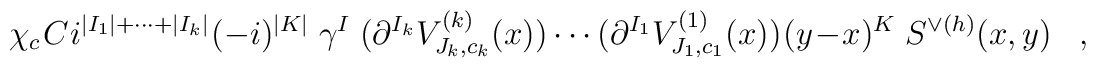
\chi_c \:C\:i^{|I_1|+\cdots+|I_k|} \:(-i)^{|K|} \;\gamma^I\;(\partial^{I_k} V^{(k)}_{J_k, c_k}(x)) \cdots(\partial^{I_1} V^{(1)}_{J_1, c_1}(x))\:(y-x)^K \;S^{\vee (h)}(x,y) \;\;\; ,